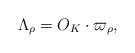
LaTeX: \begin{align*}\Lambda_\rho = O_K \cdot \varpi_\rho, \end{align*}